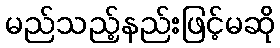
မည်သည့်နည်းဖြင့်မဆို